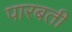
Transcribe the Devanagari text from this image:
पारबती